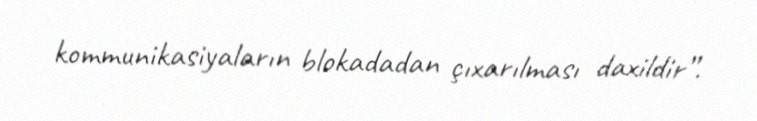
kommunikasiyaların blokadadan çıxarılması daxildir”.